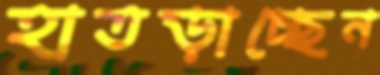
হাতড়াচ্ছেন